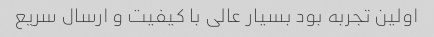
اولین تجربه بود بسیار عالی با کیفیت و ارسال سریع